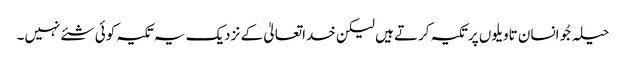
حیلہ جُو انسان تاویلوں پرتکیہ کرتے ہیں لیکن خداتعالیٰ کے نزدیک یہ تکیہ کوئی شئے نہیں۔